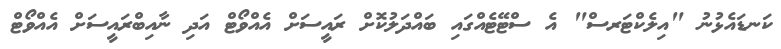
ކަނޑައެޅުނު "އިލެކްޓަރސް" އެ ސްޓޭޓެއްގައި ބައްދަލުކޮށް ރައީސަށް އެއްވޯޓް އަދި ނާއިބްރައީސަށް އެއްވޯޓް